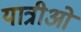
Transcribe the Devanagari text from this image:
यात्रीओं